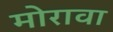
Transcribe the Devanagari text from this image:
मोरावा